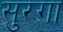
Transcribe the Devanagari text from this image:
सुरगा